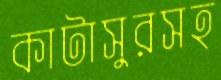
কাটাসুরসহ